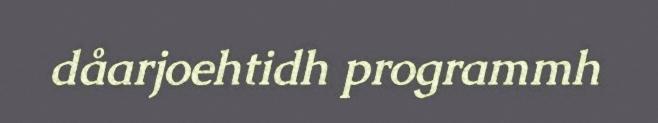
dåarjoehtidh programmh